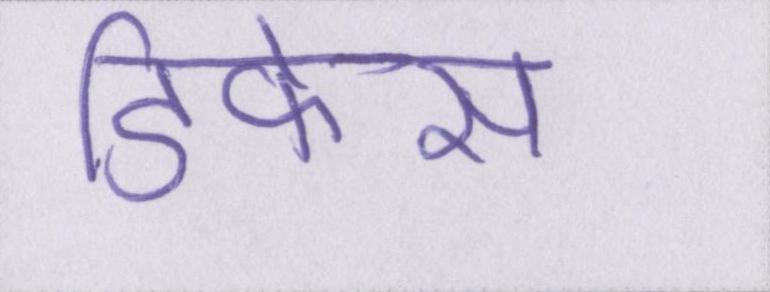
डिफेंस